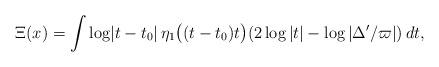
LaTeX: \begin{align*}\Xi(x)=\int \log\lvert t-t_0\rvert \, \eta_1\bigl((t-t_0)t\bigr)(2\log|t|-\log|\Delta'/\varpi|)\,dt,\end{align*}